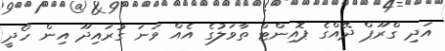
އަދި ގްރޫޕް ދޭއްގެ ޕޮއިންޓް ތާވަލުގެ އެއް ވަނަ ގުރައިދޫ އިން ހޯދީ